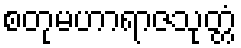
စတုမဟာရာဇသုတ္တံ